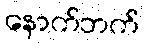
နောက်ဘက်